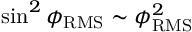
\sin ^ { 2 } \phi _ { \mathrm { R M S } } \sim \phi _ { \mathrm { R M S } } ^ { 2 }